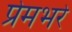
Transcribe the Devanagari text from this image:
प्रेमभरे